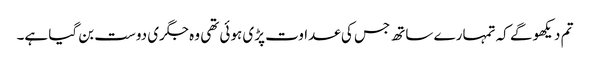
تم دیکھو گے کہ تمہارے ساتھ جس کی عداوت پڑی ہوئی تھی وہ جگری دوست بن گیا ہے۔